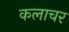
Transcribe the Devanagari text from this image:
कलाचर